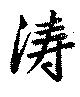
濤